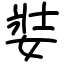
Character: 娤